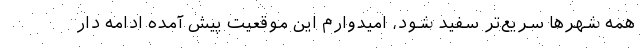
همه شهرها سریع‌تر سفید شود، امیدوارم این موقعیت پیش آمده ادامه دار